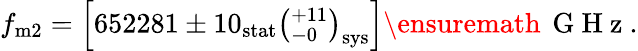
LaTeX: f_{\mathrm{m2}}=\left[652281\pm 10_{\mathrm{stat}}\left(^{+11}_{-0}\right)_{\mathrm{sys}}\right]\ensuremath{\, \mathrm{~G~H~z~}}.